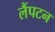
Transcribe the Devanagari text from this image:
लैंपटन